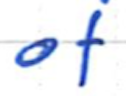
Text: of
Cross-out: clean
Writing tool: ballpoint